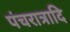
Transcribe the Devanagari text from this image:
पंचरात्रादि